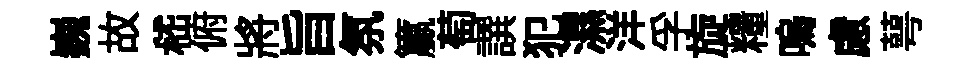
巍故嵇俯將旨氛籯萄譔犯濕洋孚旋糧嗚慮萼